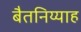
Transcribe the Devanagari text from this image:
बैतनिय्याह